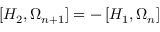
\left[ H _ { 2 } , \Omega _ { n + 1 } \right] = - \left[ H _ { 1 } , \Omega _ { n } \right]